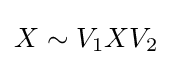
X\sim V_{1}XV_{2}